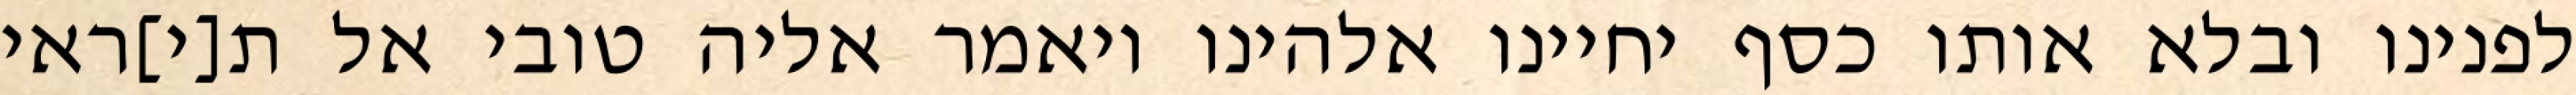
לפנינו ובלא אותו כסף יחיינו אלהינו ויאמר אליה טובי אל ת[י]ראי